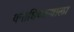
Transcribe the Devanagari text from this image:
वनाधिकाऱ्याला